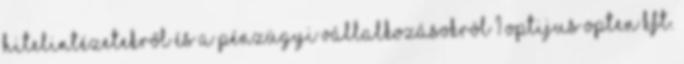
hitelintézetekről és a pénzügyi vállalkozásokról 1 OptiJUS Opten Kft.